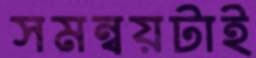
সমন্বয়টাই